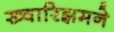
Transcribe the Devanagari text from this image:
ख्वारिझमने